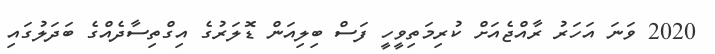
2020 ވަނަ އަހަރު ރާއްޖެއަށް ކުރިމަތިވީހީ ފަސް ބިލިއަން ޑޮލަރުގެ އިގްތިސާދެއްގެ ބަދަލުގައި